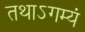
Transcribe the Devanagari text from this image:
तथाऽगम्यं